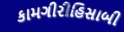
કામગીરીહિસાબી